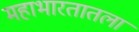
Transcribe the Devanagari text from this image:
महाभारतातला